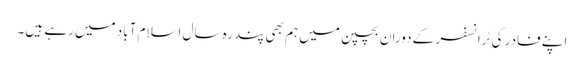
اپنے فادر کی ٹرانسفر کے دوران بچپن میں ہم بھی پندرہ سال اسلام آباد میں رہے ہیں۔